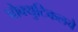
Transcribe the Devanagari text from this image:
प्रोक्युटिकलचे